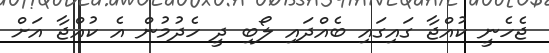
ޖެހެނީ ކުއްޖާ ގައިގައި ބެއްދައި ލޯބި ދީ ހެދުމުން އެ ކުއްޖާ އަށް